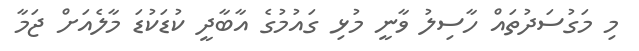
މި މަގުސަދުތައް ހާސިލު ވާނީ މުޅި ގައުމުގެ އާބާދީ ކުޑަކުޑަ މާލެއަށް ޖަމާ